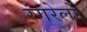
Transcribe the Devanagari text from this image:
रंगरेलों